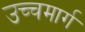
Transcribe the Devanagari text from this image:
उच्चमार्ग